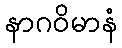
နာဂဝိမာနံ